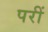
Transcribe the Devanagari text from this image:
परीं